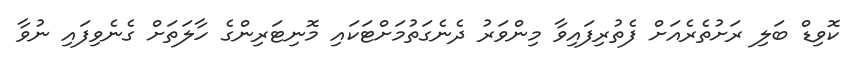
ކޮވިޑް ބަލި ރަށުތެރެއަށް ފެތުރިފައިވާ މިންވަރު ދެނެގަތުމަށްޓަކައި މޮނިޓަރިންގެ ހާލަތަށް ގެނެވިފައި ނުވާ